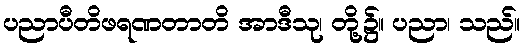
ပညာပီတိဖရဏတာတိ အာဒီသု၊ တို့၌။ ပညာ၊ သည်။